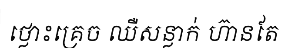
ថ្លោះគ្រេច ឈឺសន្លាក់ ហ៊ានតែ